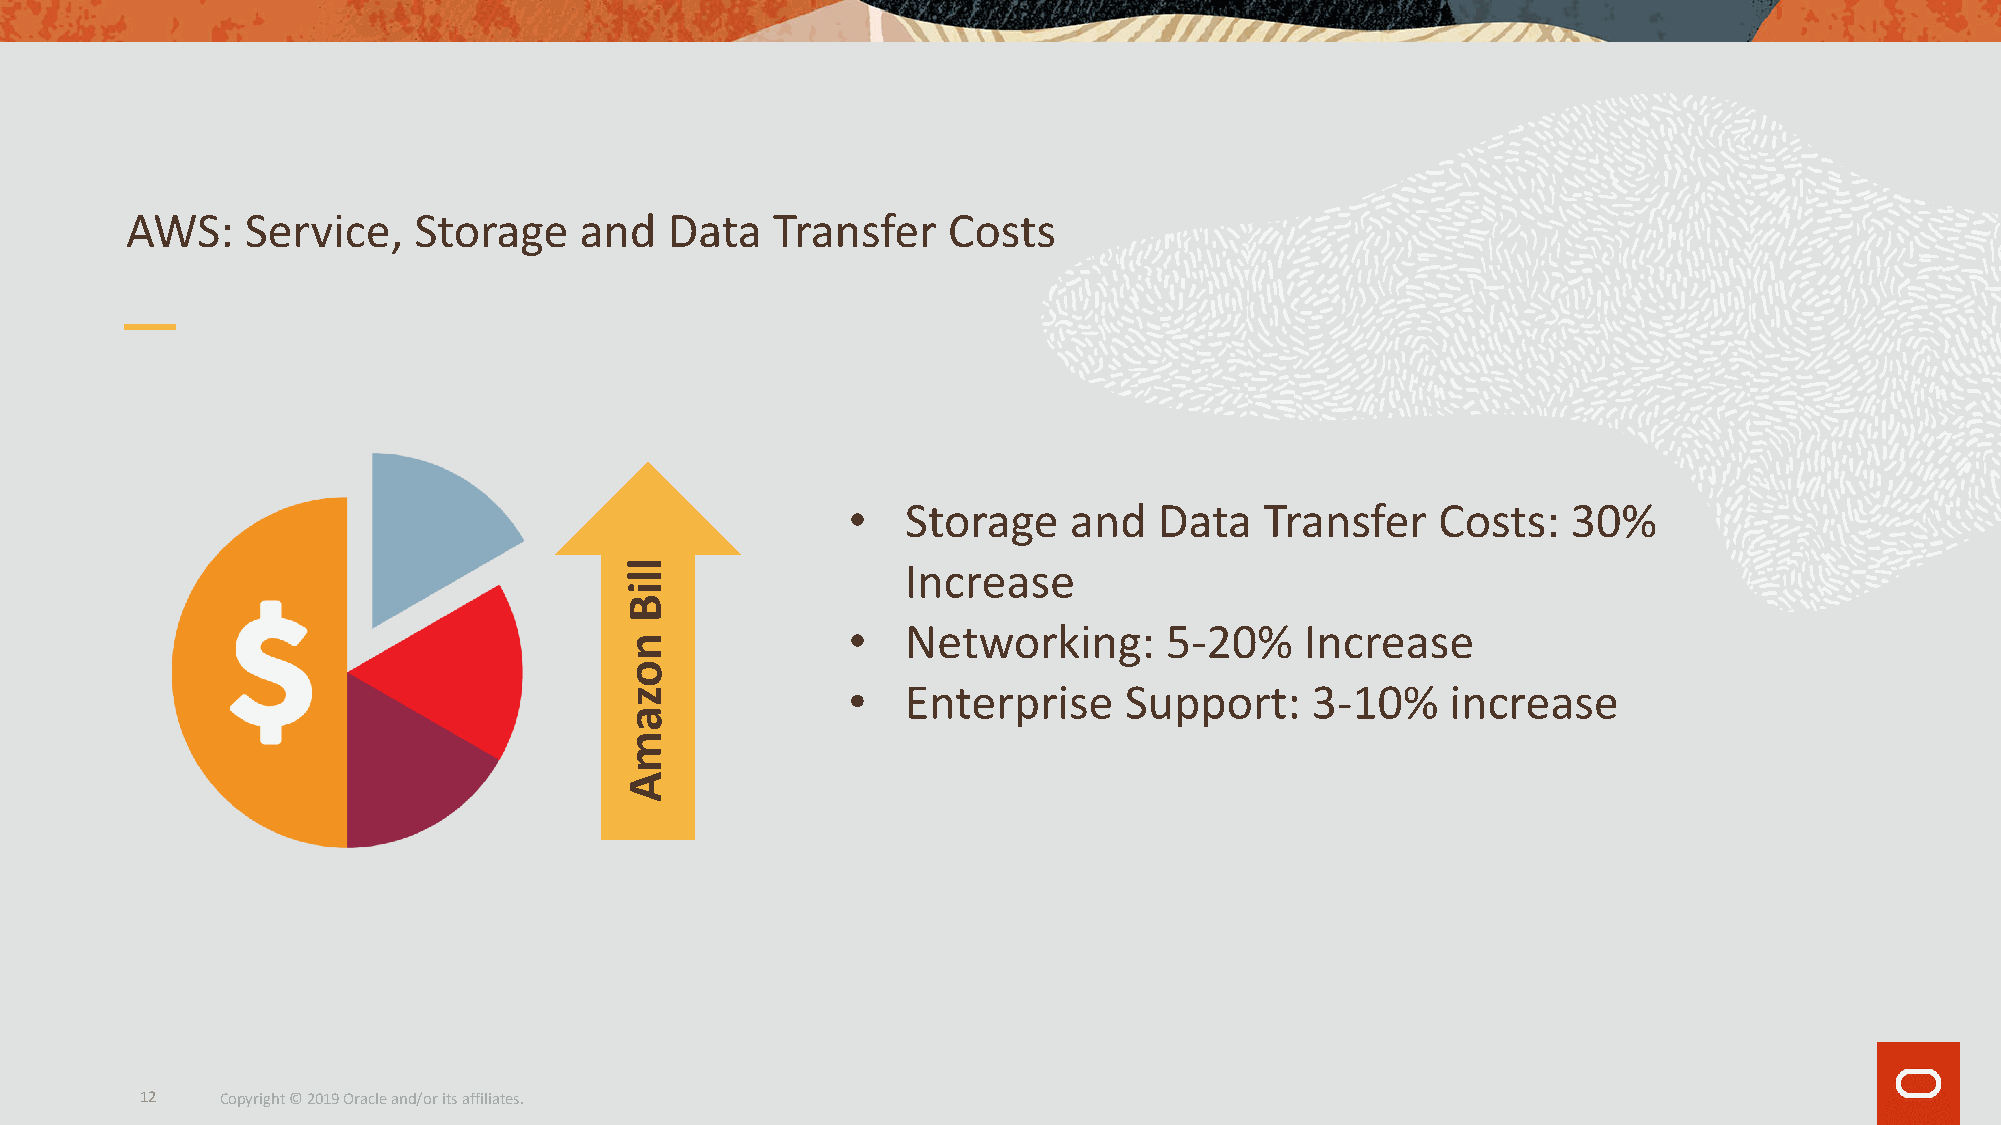
AWS:    Service,   Storage    and   Data   Transfer    Costs
 •   Storage    and   Data   Transfer   Costs:   30%
 Increase
 •   Networking:      5-20%    Increase
 •   Enterprise    Support:     3-10%    increase
 12    Copyright © 2019 Oracle and/or its affiliates.
 lliB
 nozamA